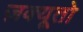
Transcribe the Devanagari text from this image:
ज़क्यूतो